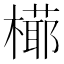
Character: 𣚋